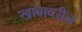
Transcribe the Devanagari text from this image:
खांबावरील